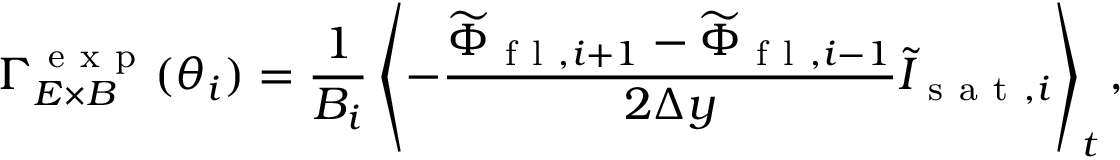
{ \Gamma } _ { E \times B } ^ { \mathrm { ~ e ~ x ~ p ~ } } ( \theta _ { i } ) = \frac { 1 } { B _ { i } } \left< - \frac { \widetilde { \Phi } _ { \mathrm { ~ f ~ l ~ } , i + 1 } - \widetilde { \Phi } _ { \mathrm { ~ f ~ l ~ } , i - 1 } } { 2 \Delta y } \widetilde { I } _ { \mathrm { ~ s ~ a ~ t ~ } , i } \right> _ { t } ,